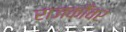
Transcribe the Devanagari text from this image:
राजकोँवर